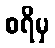
စရိမှ